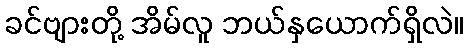
ခင်ဗျားတို့ အိမ်လူ ဘယ်နှယောက်ရှိလဲ။